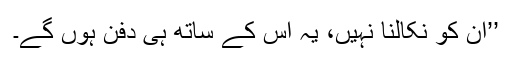
’’ان کو نکالنا نہیں، یہ اس کے ساتھ ہی دفن ہوں گے۔